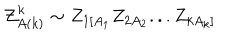
{ \cal Z } _ { A ( k ) } ^ { k } \sim Z _ { 1 [ A _ { 1 } } Z _ { 2 A _ { 2 } } . . . Z _ { k A _ { k } ] }